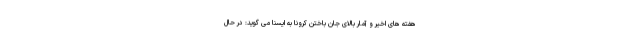
هفته های اخیر و آمار بالای جان باختن کرونا به ایسنا می گوید: در حال